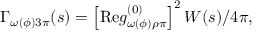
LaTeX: \Gamma _ { \omega ( \phi ) 3 \pi } ( s ) = \left[ \mathrm { R e } g _ { \omega ( \phi ) \rho \pi } ^ { ( 0 ) } \right] ^ { 2 } W ( s ) / 4 \pi ,